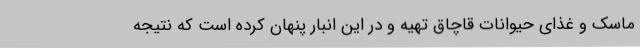
ماسک و غذای حیوانات قاچاق تهیه و در این انبار پنهان کرده است که نتیجه